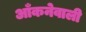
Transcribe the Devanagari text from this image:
आँकनेवाली